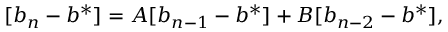
[ b _ { n } - b ^ { * } ] = A [ b _ { n - 1 } - b ^ { * } ] + B [ b _ { n - 2 } - b ^ { * } ] ,